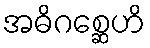
အဓိဂစ္ဆေဟိ